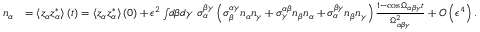
\begin{array} { r l } { n _ { \alpha } } & { = \left\langle z _ { \alpha } z _ { \alpha } ^ { * } \right\rangle \left( t \right) = \left\langle z _ { \alpha } z _ { \alpha } ^ { * } \right\rangle \left( 0 \right) + \epsilon ^ { 2 } \int \! \! d \beta d \gamma \ \sigma _ { \alpha } ^ { \beta \gamma } \left( \sigma _ { \beta } ^ { \alpha \gamma } n _ { \alpha } n _ { \gamma } + \sigma _ { \gamma } ^ { \alpha \beta } n _ { \beta } n _ { \alpha } + \sigma _ { \alpha } ^ { \beta \gamma } n _ { \beta } n _ { \gamma } \right) \frac { 1 - \cos \Omega _ { \alpha \beta \gamma } t } { \Omega _ { \alpha \beta \gamma } ^ { 2 } } + O \left( \epsilon ^ { 4 } \right) . } \end{array}